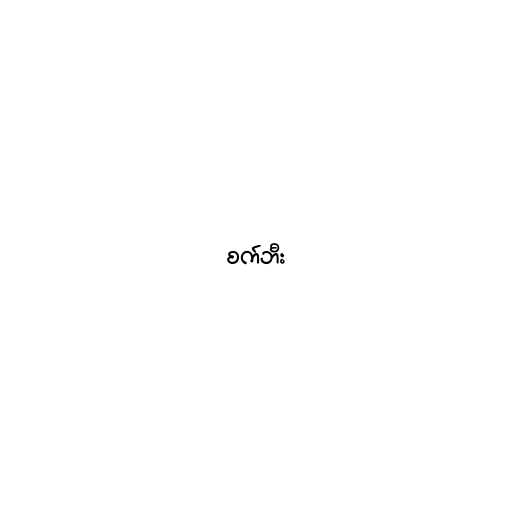
စက်ဘီး